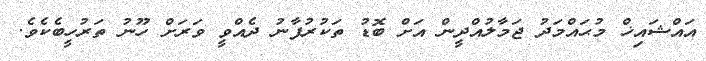
އައްޝައިޚް މުޙައްމަދު ޖަމާލުއްދީން އަށް ބޮޑު ތަކުރުފާނު ދެއްވީ ވަރަށް ހޫނު ތަރުހީބެކެވެ.